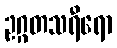
ဥဂ္ဂတသရီရော